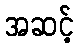
အဆင့်